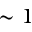
\sim 1